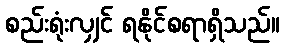
စည်းရုံးလျှင် ရနိုင်စရာရှိသည်။